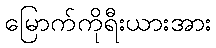
မြောက်ကိုရီးယားအား